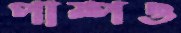
পাম্পও